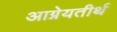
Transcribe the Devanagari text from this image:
आग्नेयतीर्थ